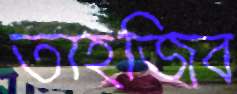
তাহজিব